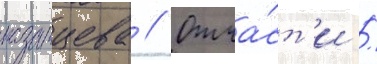
казанцева // Отча́ст'и /